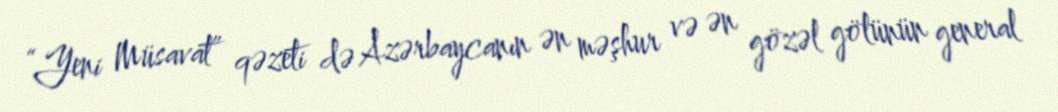
“Yeni Müsavat” qəzeti də Azərbaycanın ən məşhur və ən gözəl gölünün general